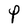
Character: P